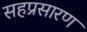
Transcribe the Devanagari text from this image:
सहप्रसारण